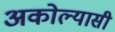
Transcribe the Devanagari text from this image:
अकोल्यासी